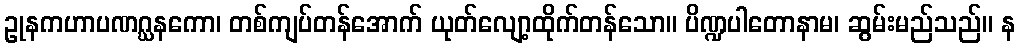
ဥုနကဟာပဏဂ္ဃနကော၊ တစ်ကျပ်တန်အောက် ယုတ်လျော့ထိုက်တန်သော။ ပိဏ္ဍပါတောနာမ၊ ဆွမ်းမည်သည်။ န